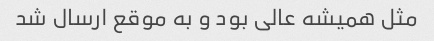
مثل همیشه عالی بود و به موقع ارسال شد